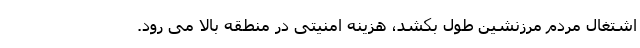
اشتغال مردم مرزنشین طول بکشد، هزینه امنیتی در منطقه بالا می رود.